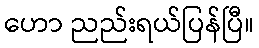
ဟော ညည်းရယ်ပြန်ပြီ။